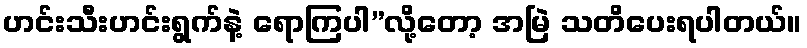
ဟင်းသီးဟင်းရွက်နဲ့ ရောကြပါ”လို့တော့ အမြဲ သတိပေးရပါတယ်။